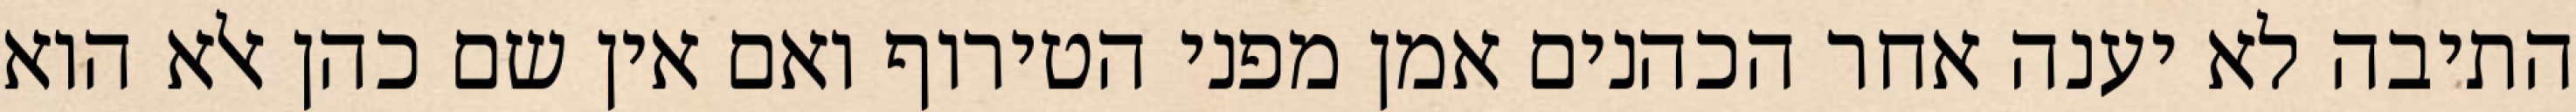
התיבה לא יענה אחר הכהנים אמן מפני הטירוף ואם אין שם כהן אלא הוא